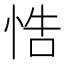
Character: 悎